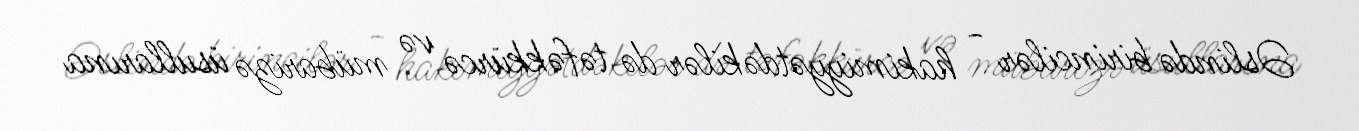
Əslində birincilər - hakimiyyətdəkilər də təfəkkürcə və mübarizə üsullarına